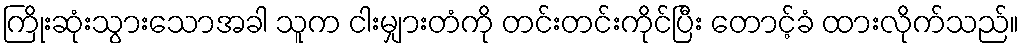
ကြိုးဆုံးသွားသောအခါ သူက ငါးမျှားတံကို တင်းတင်းကိုင်ပြီး တောင့်ခံ ထားလိုက်သည်။